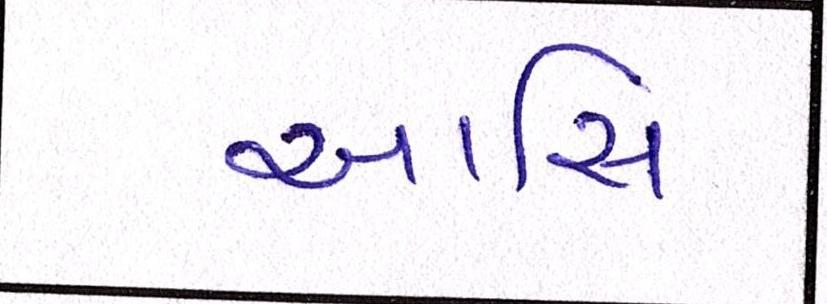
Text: આસિ